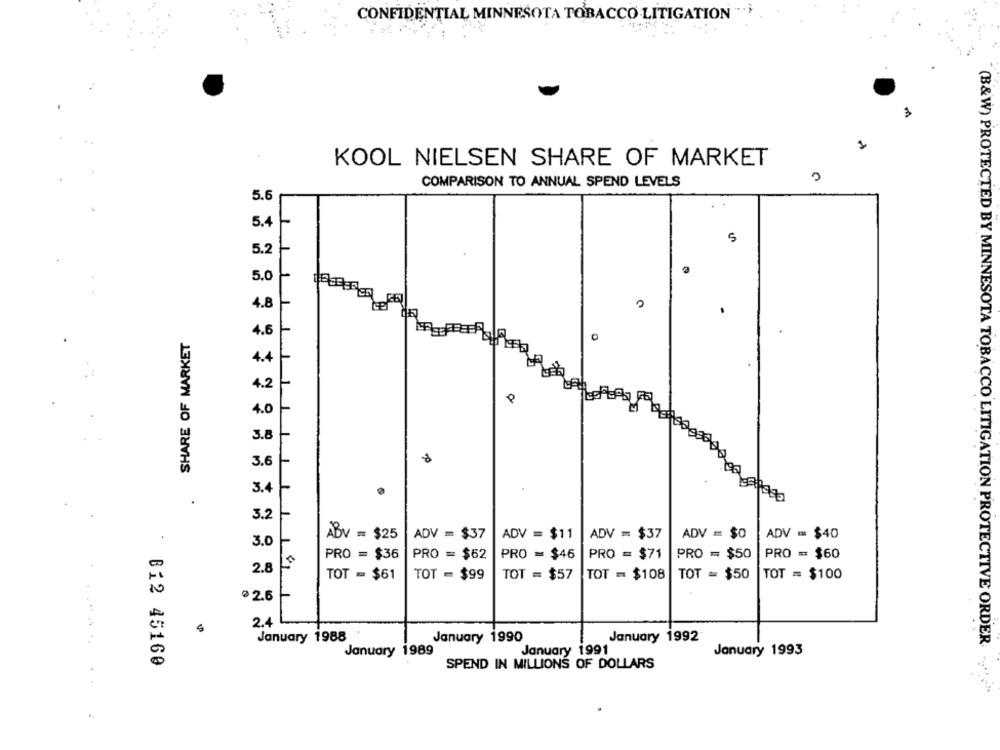
CONFIDENTIAL MINNESOTA TOBACCO LITIGATION
3
KOOL NIELSEN SHARE OF MARKET
COMPARISON TO ANNUAL SPEND LEVELS
5.6
5.4
5
5.2
5.0
4.8
4.6
SHARE OF MARKET
0
4.4
4.2
0
4.0
3.8
3.6
3.4
.
3.2
ABV = $25
ADV = $37
ADV = $11
ADV = $37
ADV = $0
ADV == $40
3.0
PRO = $62
PRO = $46
PRO = $71
PRO = $50
PRO = $60
PRO = $36
2.8
191
TOT = $61
TOT = $99
TOT = $57
TOT = $108
TOT = $50
TOT = $100
@ 2.6
2.4
January 1992
January 1988
January 1990
January 1989
January 1991
January 1993
B12 45160
SPEND IN MILLIONS OF DOLLARS
(B&W) PROTECTED BY MINNESOTA TOBACCO LITIGATION PROTECTIVE ORDER: """"